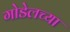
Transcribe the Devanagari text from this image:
गोडेलच्या